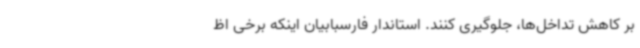
بر کاهش تداخل‌ها، جلوگیری کنند. استاندار فارسبابیان اینکه برخی اظ